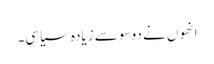
انھوں نے دو سو سے زیادہ سیاسی۔